Leaving Certificate Examination, 1919
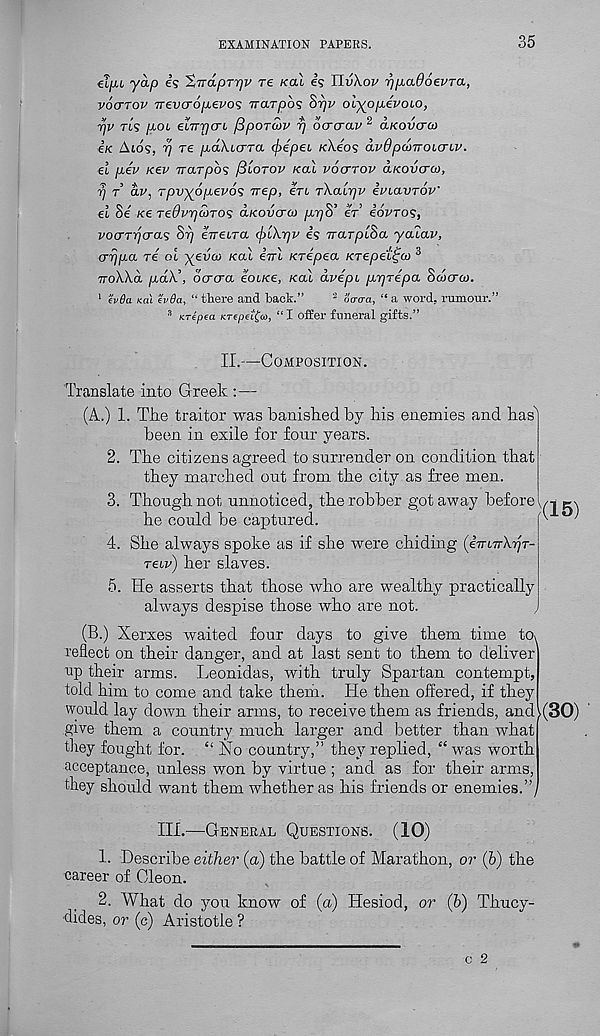
EXAMINATION PAPERS.
35
cfyu yap is %TTapTr]v re /cal is IIilA.oi' r]p.ad6evTa,
vocttov irevo-opevos Trarpos 8r)v oiypiievoio,
TjV tLs p-Oi eiTrrjcri fiporuv r/ ocrcrat' 2 clkovctco
ek Atos, 17 re /xaXterra cjiipei kXeos avOpomoLcnv.
el pev kev jrarpos /3lotov Kal voerrov d/savero),
rj t ap, rpvyopevos Trep, etl rXalpv iuLavrov'
el Se ke TedvrjcoTOs aKovcrat pr/S’ et iovros,
vocrTrja-as Srj eVetra <f)L\r)v is rrarptSa ya'iav,
Errjpa te ot yeva) Kal eVt Krepea KTepeL^co 3
rroWa pd\\ bcnxa eolke, Kal dvept prjrepa Sdcrci).
1 i'vda km ev6a, “there and hack.”
2 6Wa, “ a word, rumour.”
3 KTepea KTtpetfa, “ I offer funeral gifts.”
II.—Composition.
Translate into Greek : —
(A.) 1. The traitor was banished by his enemies and Iras'
been in exile for four years.
2. The citizens agreed to surrender on condition that
they marched out from the city as free men.
3. Though not unnoticed, the robber got away before
he could be captured.
4. She always spoke as if she were chiding (eVt-rrAyr-
tei,v) her slaves.
5. He asserts that those who are wealthy practically
always despise those who are not.
>(15)
(B.) Xerxes waited four days to give them time to>
reflect on their danger, and at last sent to them to deliver
up their arms. Leonidas, with truly Spartan contempt,
told him to come and take them. He then offered, if they
would lay down their arms, to receive them as friends, and\(30)
give them a country much larger and better than what
they fought for. “ No country,” they replied, “ was worth
acceptance, unless won by virtue ; and as for their arms,
they should want them whether as his friends or enemies.”,
III.—General Questions. (10)
1. Describe either (a) the battle of Marathon, or (6) the
career of Cleon.
2. What do you know of (a) Hesiod, or (b) Thucy-
dides, or (c) Aristotle ?